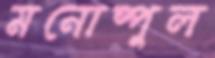
মনোষ্পুল